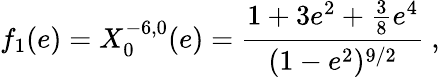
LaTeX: f_{1}(e)=X_{0}^{-6,0}(e)=\frac{1+3e^{2}+\frac 38e^{4}}{(1-e^{2})^{9/2}}\ ,